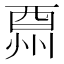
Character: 𨠩